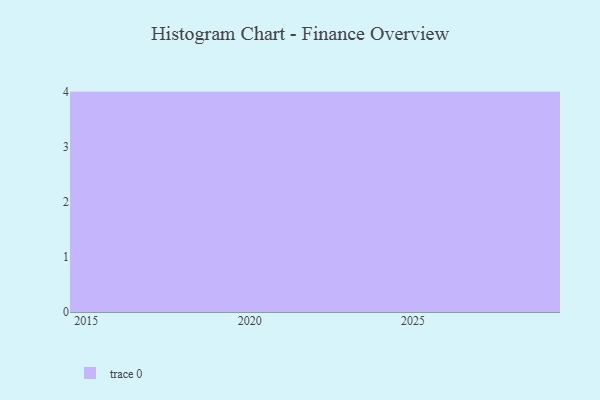
{"axis": {"x": "Year", "y": "Energy Usage (MWh)"}, "legend": [""], "data": [{"x": "2028", "y": 79, "type": ""}, {"x": "2026", "y": 48, "type": ""}, {"x": "2022", "y": 70, "type": ""}, {"x": "2023", "y": 2, "type": ""}, {"x": "2016", "y": 28, "type": ""}, {"x": "2015", "y": 6, "type": ""}, {"x": "2019", "y": 46, "type": ""}, {"x": "2029", "y": 35, "type": ""}, {"x": "2027", "y": 62, "type": ""}, {"x": "2017", "y": 92, "type": ""}, {"x": "2021", "y": 19, "type": ""}, {"x": "2024", "y": 86, "type": ""}]}